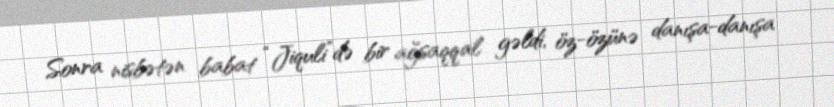
Sonra nisbətən babat “Jiquli”də bir ağsaqqal gəldi, öz-özünə danışa-danışa